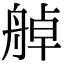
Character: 䑲